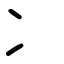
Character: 冫